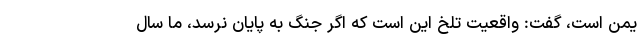
یمن است، گفت: واقعیت تلخ این است که اگر جنگ به پایان نرسد، ما سال